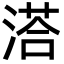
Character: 溚